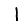
Digit: 1